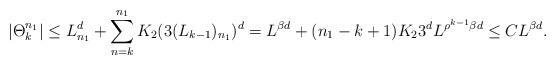
LaTeX: \begin{align*} |\Theta_k^{n_1}|\leq L_{n_1}^d+\sum_{n=k}^{n_1}K_2(3(L_{k-1})_{n_1})^d=L^{\beta d}+(n_1-k+1)K_23^dL^{\rho^{k-1}\beta d}\leq CL^{\beta d}. \end{align*}